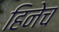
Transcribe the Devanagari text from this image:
हिनेच